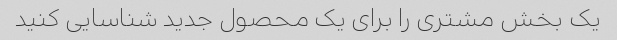
یک بخش مشتری را برای یک محصول جدید شناسایی کنید